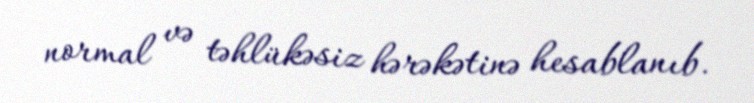
normal və təhlükəsiz hərəkətinə hesablanıb.